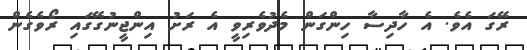
ރޭގަ އެވެ. އެ ހާދިސާ ހިންގަން މެދުވެރިވީ އެ ރަށު އިންޖީނުގޭގައި ރޯވެެގެން